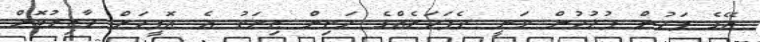
އޭގެ ފަހުން ފުލުހުން ވަނީ ދެފަހަރެއްގެ މަތިން ޒިޔަތު އެ އޮފީހަށް ހާޒިރުކޮށް